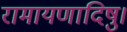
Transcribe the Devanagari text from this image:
रामायणादिषु।